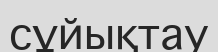
сұйықтау